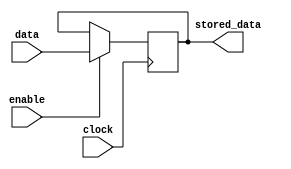
module Data_enable_latch (
    input wire data,
    input wire enable,
    input wire clock,
    output reg stored_data
);

reg internal_data;

assign stored_data = internal_data;

always @(posedge clock) begin
    if (enable) begin
        internal_data <= data;
    end
end

endmodule